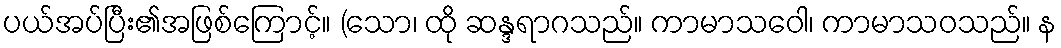
ပယ်အပ်ပြီး၏အဖြစ်ကြောင့်။ (သော၊ ထို ဆန္ဒရာဂသည်။ ကာမာသဝေါ၊ ကာမာသဝသည်။ န